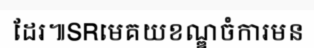
ដែរ៕SRមេគយខណ្ឌចំការមន